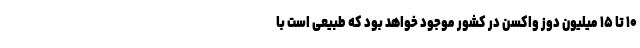
۱۰ تا ۱۵ میلیون دوز واکسن در کشور موجود خواهد بود که طبیعی است با